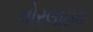
વોરલાઇક